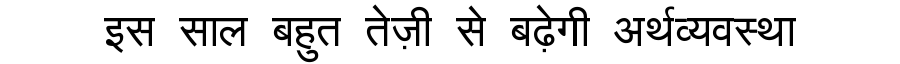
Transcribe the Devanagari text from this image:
इस साल बहुत तेज़ी से बढ़ेगी अर्थव्यवस्था